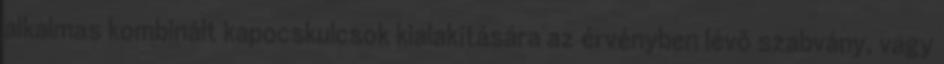
alkalmas kombinált kapocskulcsok kialakítására az érvényben lévõ szabvány, vagy